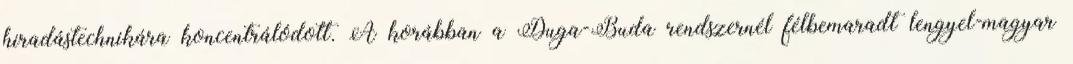
hiradástechnikára koncentrálódott. A korábban a Duga-Buda rendszernél félbemaradt lengyel-magyar